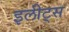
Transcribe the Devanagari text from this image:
इलीट्स